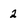
Character: 2